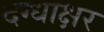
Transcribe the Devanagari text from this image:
दग्धाक्षर